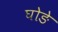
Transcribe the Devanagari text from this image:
घोङे